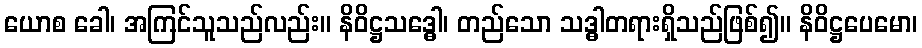
ယောစ ခေါ၊ အကြင်သူသည်လည်း။ နိဝိဋ္ဌသဒ္ဓေါ၊ တည်သော သဒ္ဓါတရားရှိသည်ဖြစ်၍။ နိဝိဋ္ဌပေမော၊